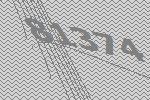
81374